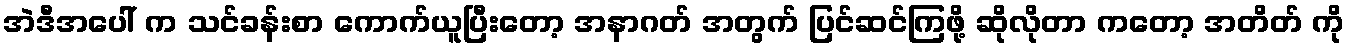
အဲဒီအပေါ် က သင်ခန်းစာ ကောက်ယူပြီးတော့ အနာဂတ် အတွက် ပြင်ဆင်ကြဖို့ ဆိုလိုတာ ကတော့ အတိတ် ကို